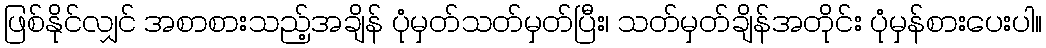
ဖြစ်နိုင်လျှင် အစာစားသည့်အချိန် ပုံမှတ်သတ်မှတ်ပြီး၊ သတ်မှတ်ချိန်အတိုင်း ပုံမှန်စားပေးပါ။